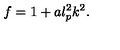
f = 1 + a l _ { p } ^ { 2 } k ^ { 2 } .